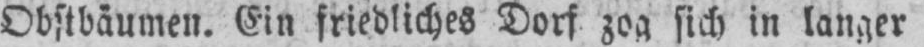
Obstbäumen. Ein friedliches Dorf zog sich in langer